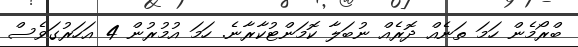
ބްރޯމެން ހަމަ ތަނެއް ދޮރެއް ނުބަލާ ކޮމަންޓުކާރާނެ. ހަމަ އުމުރުން 4 އަހަރުގަވެސް